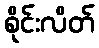
စိုင်းလိတ်